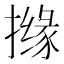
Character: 𱠸